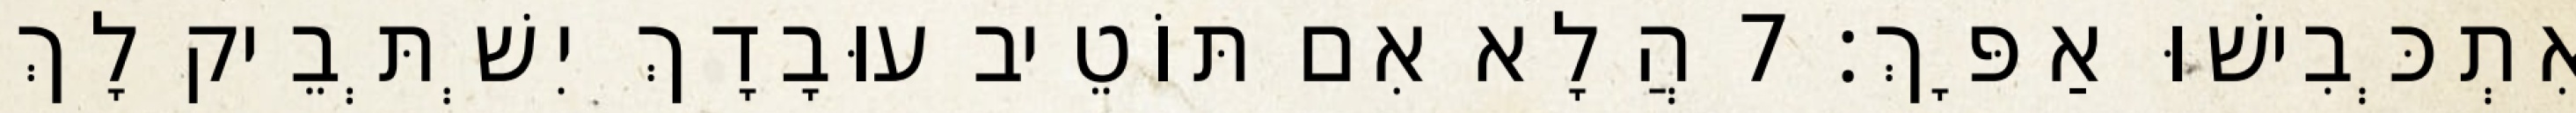
אִתְכְּבִישׁוּ אַפָּךְ׃ 7 הֲלָא אִם תּוֹטֵיב עוּבָדָךְ יִשְׁתְּבֵיק לָךְ